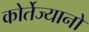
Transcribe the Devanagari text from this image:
कोर्तेज्यानो